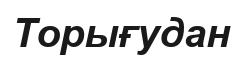
Торығудан